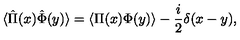
\langle \hat { \Pi } ( x ) \hat { \Phi } ( y ) \rangle = \langle \Pi ( x ) \Phi ( y ) \rangle - { \frac { i } { 2 } } \delta ( x - y ) ,